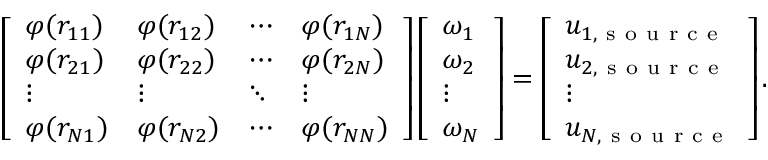
\left[ \begin{array} { l l l l } { \varphi ( r _ { 1 1 } ) } & { \varphi ( r _ { 1 2 } ) } & { \cdots } & { \varphi ( r _ { 1 N } ) } \\ { \varphi ( r _ { 2 1 } ) } & { \varphi ( r _ { 2 2 } ) } & { \cdots } & { \varphi ( r _ { 2 N } ) } \\ { \vdots } & { \vdots } & { \ddots } & { \vdots } \\ { \varphi ( r _ { N 1 } ) } & { \varphi ( r _ { N 2 } ) } & { \cdots } & { \varphi ( r _ { N N } ) } \end{array} \right] \left[ \begin{array} { l } { \omega _ { 1 } } \\ { \omega _ { 2 } } \\ { \vdots } \\ { \omega _ { N } } \end{array} \right] = \left[ \begin{array} { l } { u _ { 1 , \mathrm { ~ s ~ o ~ u ~ r ~ c ~ e ~ } } } \\ { u _ { 2 , \mathrm { ~ s ~ o ~ u ~ r ~ c ~ e ~ } } } \\ { \vdots } \\ { u _ { N , \mathrm { ~ s ~ o ~ u ~ r ~ c ~ e ~ } } } \end{array} \right] .